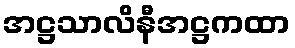
အဋ္ဌသာလိနီအဋ္ဌကထာ